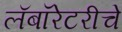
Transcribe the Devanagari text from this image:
लॅबॉरेटरीचे